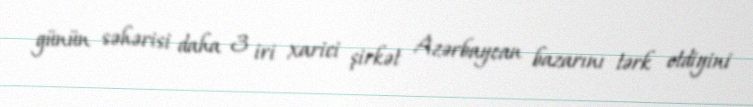
günün səhərisi daha 3 iri xarici şirkət Azərbaycan bazarını tərk etdiyini